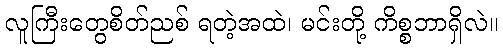
လူကြီးတွေစိတ်ညစ် ရတဲ့အထဲ၊ မင်းတို့ ကိစ္စဘာရှိလဲ။